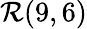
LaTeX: {\mathcal{R}}(9,6)